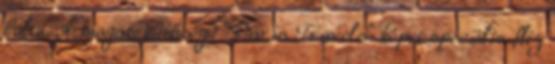
boltu. A magas minőségű "Paris Travels" képet speciális flíz